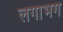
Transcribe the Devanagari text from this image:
लगाभग